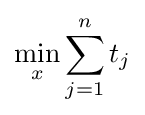
\min _{x}\sum _{j=1}^{n}t_{j}